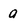
Character: a